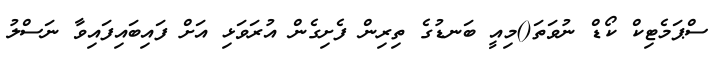
ސްޕަމެޓިކް ކޯޑް ނުވަތަ()މިއީ ބަނޑުގެ ތިރިން ފެށިގެން އުރަވަޅި އަށް ފައިބައިފައިވާ ނަސްލު